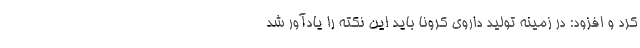
کرد و افزود: در زمینه تولید داروی کرونا باید این نکته را یادآور شد